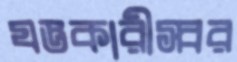
যজ্ঞকারীস্বর